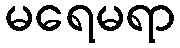
မရေမရာ